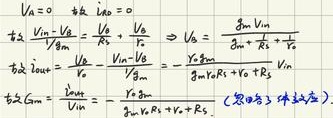
\(V_{a}=0\)，故\(I_{R_{0}}=0\)。\\
又\(\frac{V_{in}-V_{b}}{r_{x}}=\frac{V_{b}}{r_{0}}+\frac{V_{b}}{R_{3}}\RightarrowV_{b}=\frac{g_{m}V_{in}r_{0}R_{3}}{r_{x}R_{3}+r_{0}R_{3}+r_{x}r_{0}}\)\\
故\(I_{out}=\frac{V_{b}}{R_{3}}-\frac{V_{in}-V_{b}}{r_{x}}=-\frac{V_{in}(g_{m}r_{0}R_{3}+r_{0}+R_{3})}{r_{x}R_{3}+r_{0}R_{3}+r_{x}r_{0}}\)\\
故\(G_{m}=\frac{I_{out}}{V_{in}}=-\frac{g_{m}r_{0}R_{3}+r_{0}+R_{3}}{r_{x}R_{3}+r_{0}R_{3}+r_{x}r_{0}}\)(忽略了体效应)